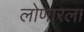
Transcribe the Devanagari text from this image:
लोणारला